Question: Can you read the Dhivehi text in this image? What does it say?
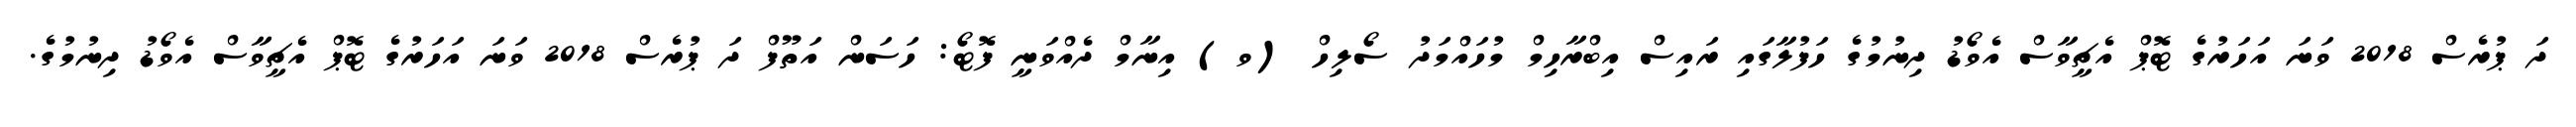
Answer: ދަ ޕުރެސް 2018 ވަނަ އަހަރުގެ ޓޮޕް އެޗީވާސް އެވޯޑު ދިނުމުގެ ހަފުލާގައި ރައިސް އިބްރާހިމް މުހައްމަދު ސޯލިހް (ވ) އިނާމް ދެއްވަނީ ފޮޓޯ: ހަސަން އަތޫފް ދަ ޕުރެސް 2018 ވަނަ އަހަރުގެ ޓޮޕް އެޗީވާސް އެވޯޑު ދިނުމުގެ.